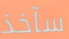
سآخذ